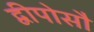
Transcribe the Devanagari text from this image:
द्वीपोसौ